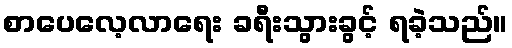
စာပေလေ့လာရေး ခရီးသွားခွင့် ရခဲ့သည်။